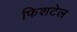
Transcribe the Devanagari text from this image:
फिशटेल